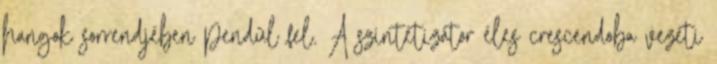
hangok sorrendjében pendül fel. A szintetizátor éles crescendoba vezeti